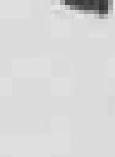
中